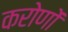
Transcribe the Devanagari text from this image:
करोणों